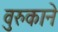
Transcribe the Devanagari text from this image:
वुरुकाने